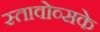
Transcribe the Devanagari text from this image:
स्तावोव्सके